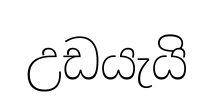
උඩයැයි